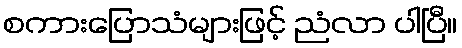
စကားပြောသံများဖြင့် ညံလာ ပါပြီ။